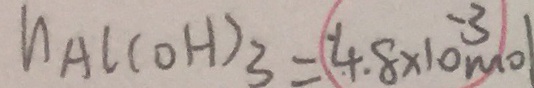
h _ { A l ( O H ) _ { 3 } } = ( 4 . 8 \times 1 0 ^ { - 3 } ) m o l